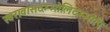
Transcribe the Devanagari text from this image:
स्वरावासदम्भोलिदम्भोपि